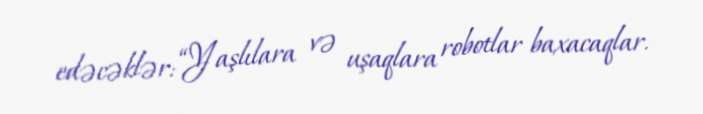
edəcəklər: “Yaşlılara və uşaqlara robotlar baxacaqlar.